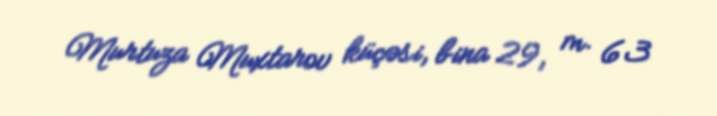
Murtuza Muxtarov küçəsi, bina 29, m. 63